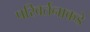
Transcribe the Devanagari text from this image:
परिवर्तनाकडे